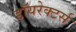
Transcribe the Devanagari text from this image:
डॉयरेक्टर्स